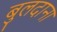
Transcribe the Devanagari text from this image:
बुलदाना